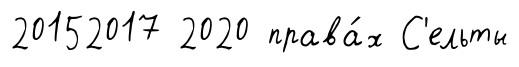
20152017 2020 права́х С'ельты